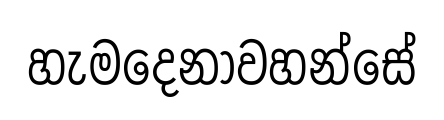
හැමදෙනාවහන්සේ